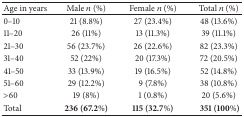
<table><thead><tr><td><b>Age in years</b></td><td><b>Male <i>n</i> (%)</b></td><td><b>Female <i>n</i> (%)</b></td><td><b>Total <i>n</i> (%)</b></td></tr></thead><tbody><tr><td>0–10</td><td>21 (8.8%)</td><td>27 (23.4%)</td><td>48 (13.6%)</td></tr><tr><td>11–20</td><td>26 (11%)</td><td>13 (11.3%)</td><td>39 (11.1%)</td></tr><tr><td>21–30</td><td>56 (23.7%)</td><td>26 (22.6%)</td><td>82 (23.3%)</td></tr><tr><td>31–40</td><td>52 (22%)</td><td>20 (17.3%)</td><td>72 (20.5%)</td></tr><tr><td>41–50</td><td>33 (13.9%)</td><td>19 (16.5%)</td><td>52 (14.8%)</td></tr><tr><td>51–60</td><td>29 (12.2%)</td><td>9 (7.8%)</td><td>38 (10.8%)</td></tr><tr><td>&gt;60</td><td>19 (8%)</td><td>1 (0.8%)</td><td> 20 (5.6%)</td></tr><tr><td>Total</td><td><b>236 (67.2%)</b></td><td><b>115 (32.7%)</b></td><td><b> 351 (100%)</b></td></tr></tbody></table>